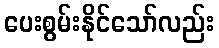
ပေးစွမ်းနိုင်သော်လည်း